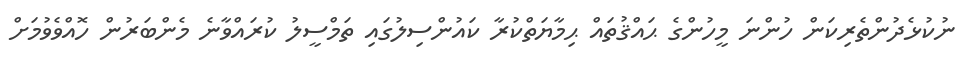
ނުކުޅެދުންތެރިކަން ހުންނަ މީހުންގެ ޙައްޤުތައް ޙިމާޔަތްކުރާ ކައުންސިލުގައި ތަމްސީލު ކުރައްވާނެ މެންބަރުން ހޮއްވެވުމަށް